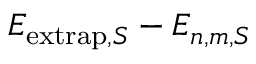
E _ { \mathrm { e x t r a p } , S } - E _ { n , m , S }